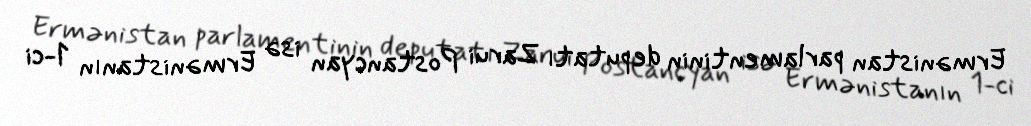
Ermənistan parlamentinin deputatı Zarui Postancyan isə Ermənistanın 1-ci